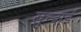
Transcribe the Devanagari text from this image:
खुन्दाई